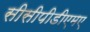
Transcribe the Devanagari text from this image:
सीसीपीडीएमए